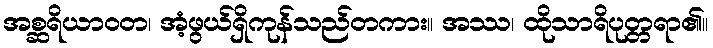
အစ္ဆရိယာဝတ၊ အံ့ဖွယ်ရှိကုန်သည်တကား။ အဿ၊ ထိုသာရိပုတ္တရာ၏။